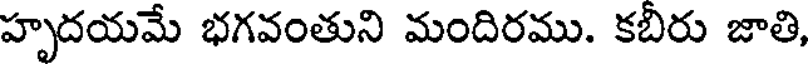
హృదయమే భగవంతుని మందిరము. కబిరు జాతి,